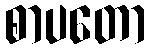
စာပတော